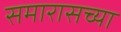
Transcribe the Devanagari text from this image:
समारासच्या